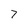
Character: 7